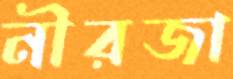
নীরজা